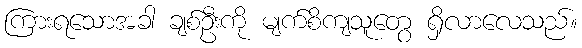
ကြားရသောအခါ ချစ်ဦးကို မျက်စိကျသူတွေ ရှိလာလေသည်။